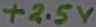
Text: +2.5V